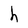
Character: h